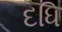
દધિ